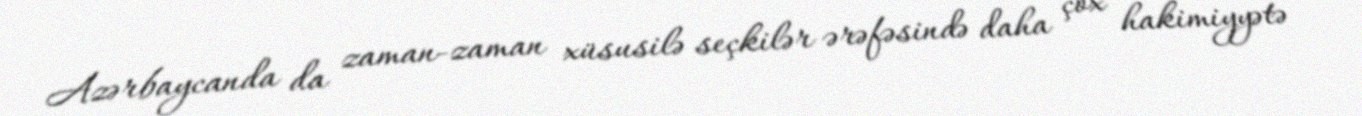
Azərbaycanda da zaman-zaman xüsusilə seçkilər ərəfəsində daha çox hakimiyyətə